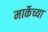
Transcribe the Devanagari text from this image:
मार्केच्या